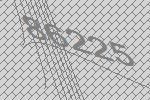
86225